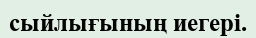
сыйлығының иегері.